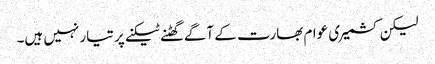
لیکن کشمیری عوام بھارت کے آگے گھٹنے ٹیکنے پر تیار نہیں ہیں۔